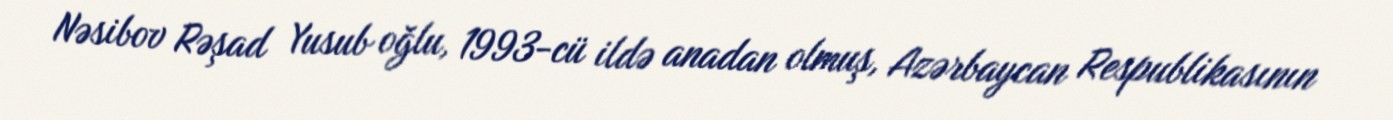
Nəsibov Rəşad Yusub oğlu, 1993-cü ildə anadan olmuş, Azərbaycan Respublikasının